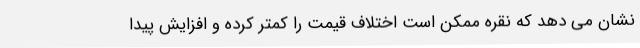
نشان می دهد که نقره ممکن است اختلاف قیمت را کمتر کرده و افزایش پیدا